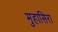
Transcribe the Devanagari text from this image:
मुहासिरा